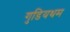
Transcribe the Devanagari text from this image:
गुडियथम